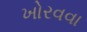
ખોરવવા